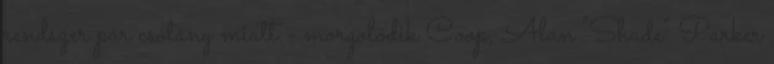
rendszer pár csótány miatt.- morgolódik Coop, Alan "Shade" Parker